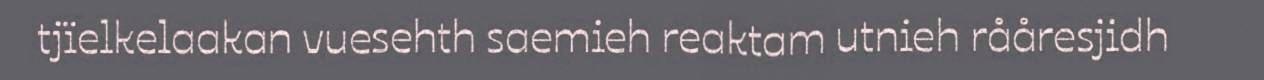
tjïelkelaakan vuesehth saemieh reaktam utnieh rååresjidh